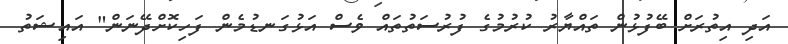
އަދި އިތުރަށް ބޭފުޅުން ތައްޔާރު ކުރުމުގެ ފުރުސަތުތައް ވެސް އަޅުގަނޑުމެން ފަހިކޮށްދޭނަން" އައިޝަތު